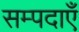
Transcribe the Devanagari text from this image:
सम्पदाएँ